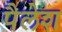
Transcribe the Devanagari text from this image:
पैलेश